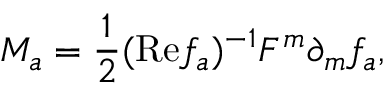
M _ { a } = { \frac { 1 } { 2 } } ( \mathrm { R e } f _ { a } ) ^ { - 1 } F ^ { m } \partial _ { m } f _ { a } ,